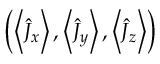
\left( \left\langle \hat { J } _ { x } \right\rangle , \left\langle \hat { J } _ { y } \right\rangle , \left\langle \hat { J } _ { z } \right\rangle \right)